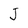
Character: J